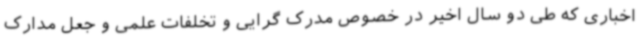
اخباری که طی دو سال اخیر در خصوص مدرک گرایی و تخلفات علمی و جعل مدارک